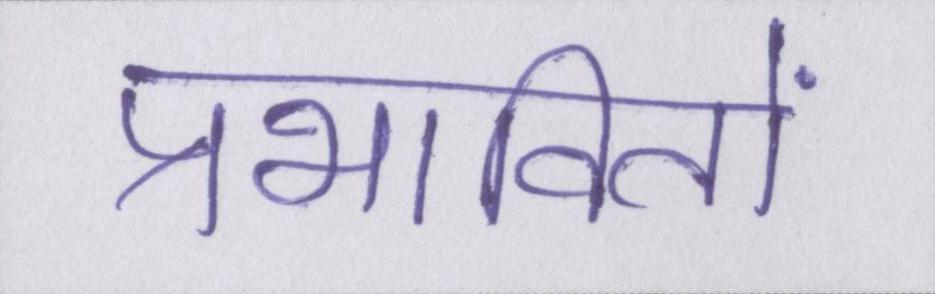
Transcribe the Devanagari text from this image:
प्रभावितों